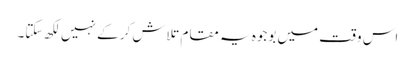
اس وقت میں بوجوہ یہ مقام تلاش کر کے نہیں لکھ سکتا۔